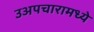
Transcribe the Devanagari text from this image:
उअपचारामध्ये